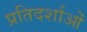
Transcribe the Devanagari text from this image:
प्रतिदर्शाओं